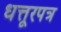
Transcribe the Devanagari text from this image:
धत्तूरपत्र